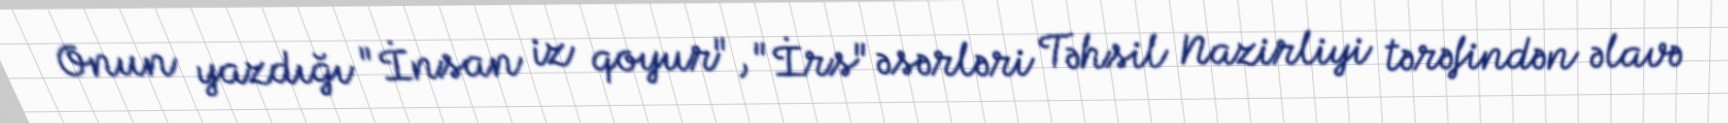
Onun yazdığı "İnsan iz qoyur", "İrs" əsərləri Təhsil Nazirliyi tərəfindən əlavə